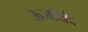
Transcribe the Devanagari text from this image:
ऊर्जाक्षेत्र